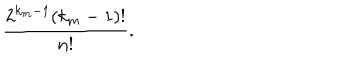
\frac { 2 ^ { k _ { m } - 1 } ( k _ { m } - 1 ) ! } { n ! } .